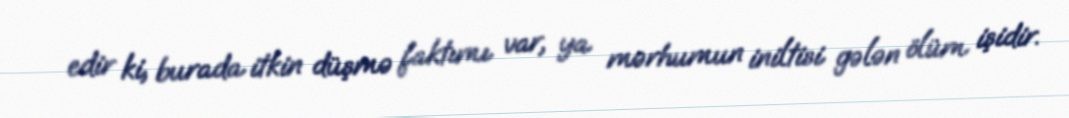
edir ki, burada itkin düşmə faktımı var, ya mərhumun iniltisi gələn ölüm işidir.